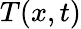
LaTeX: T(x,t)